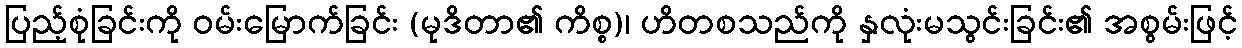
ပြည့်စုံခြင်းကို ဝမ်းမြောက်ခြင်း (မုဒိတာ၏ ကိစ္စ)၊ ဟိတစသည်ကို နှလုံးမသွင်းခြင်း၏ အစွမ်းဖြင့်